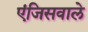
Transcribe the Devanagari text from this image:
एंजिसवाले